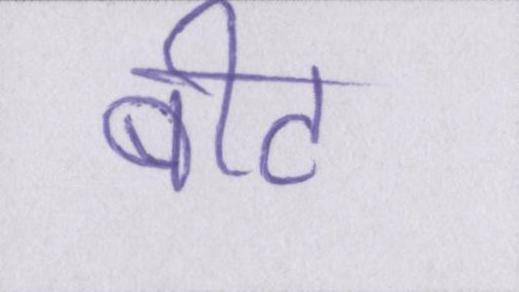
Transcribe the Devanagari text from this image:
बीट